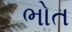
ભોત